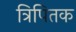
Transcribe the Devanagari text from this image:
त्रिपितक